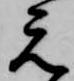
元